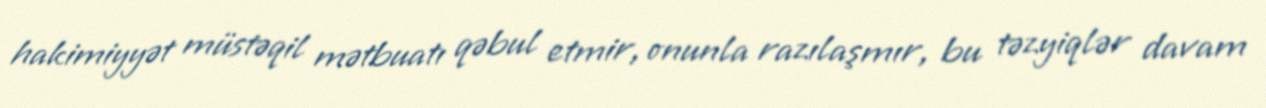
hakimiyyət müstəqil mətbuatı qəbul etmir, onunla razılaşmır, bu təzyiqlər davam